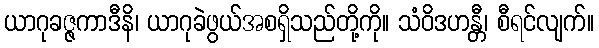
ယာဂုခဇ္ဇကာဒီနိ၊ ယာဂုခဲဖွယ်အစရှိသည်တို့ကို။ သံဝိဒဟန္တီ၊ စီရင်လျက်။